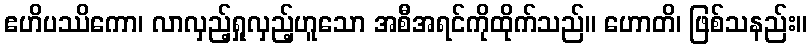
ဧဟိပဿိကော၊ လာလှည့်ရှုလှည့်ဟူသော အစီအရင်ကိုထိုက်သည်။ ဟောတိ၊ ဖြစ်သနည်း။